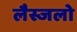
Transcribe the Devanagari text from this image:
लैस्जलो